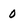
Character: 0